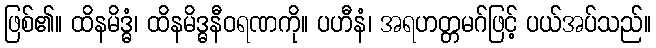
ဖြစ်၏။ ထိနမိဒ္ဓံ၊ ထိနမိဒ္ဓနီဝရဏကို။ ပဟီနံ၊ အရဟတ္တမဂ်ဖြင့် ပယ်အပ်သည်။